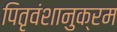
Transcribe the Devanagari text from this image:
पितृवंशानुक्रम